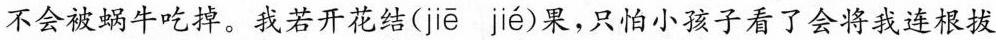
不会被蜗牛吃掉。我若开花结( jiē jié )果，只怕小孩子看了会将我连根拔